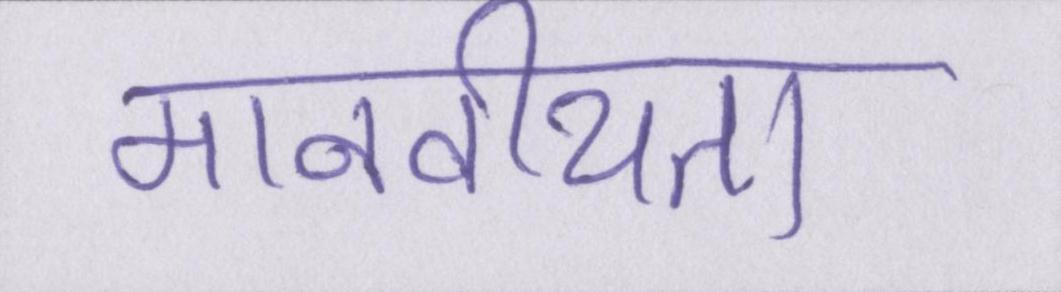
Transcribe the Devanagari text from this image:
मानवीयता